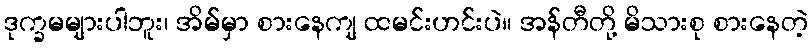
ဒုက္ခမများပါဘူး၊ အိမ်မှာ စားနေကျ ထမင်းဟင်းပဲ။ အန်တီတို့ မိသားစု စားနေတဲ့